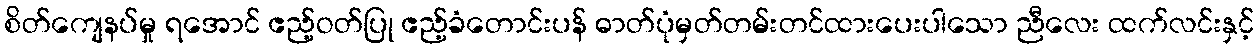
စိတ်ကျေနပ်မှု ရအောင် ဧည့်ဝတ်ပြု ဧည့်ခံတောင်းပန် ဓာတ်ပုံမှတ်တမ်းတင်ထားပေးပါသော ညီလေး ထက်လင်းနှင့်